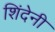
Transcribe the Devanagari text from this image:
शिंदेनी